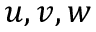
u , v , w